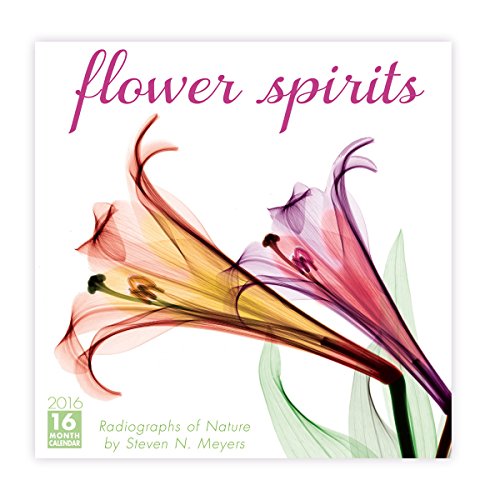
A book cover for Flower Spirits 2016 Wall Calendar; Steven N. Meyers; Calendars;